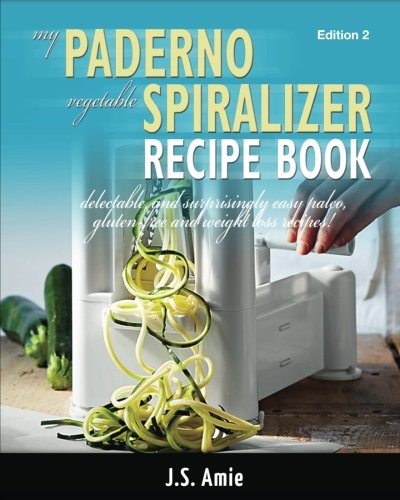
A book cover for My Paderno Vegetable Spiralizer Recipe Book: Delectable and Surprisingly Easy Paleo, Gluten-Free and Weight Loss Recipes! (Spiral Vegetable Series) (Volume 2); J.S. Amie; Cookbooks, Food & Wine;